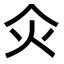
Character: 𤆅